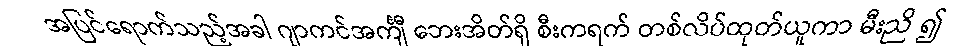
အပြင်ရောက်သည့်အခါ ဂျာကင်အင်္ကျီ ဘေးအိတ်ရှိ စီးကရက် တစ်လိပ်ထုတ်ယူကာ မီးညိ ၍